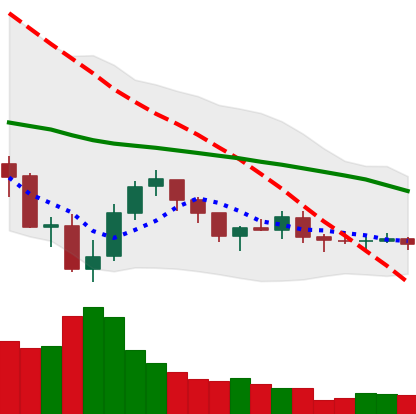
Ticker: XLM-USD
Chart end date: 2019-08-01
Forward return: -5.798%
Label: down_5_7